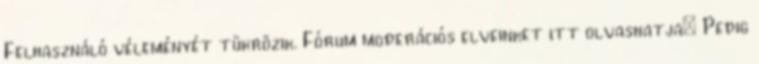
Felhasználó véleményét tükrözik. Fórum moderációs elveinket itt olvashatja: Pedig